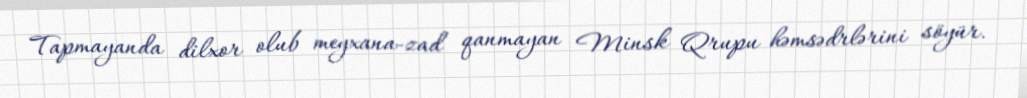
Tapmayanda dilxor olub meyxana-zad qanmayan Minsk Qrupu həmsədrlərini söyür.